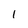
Character: 1